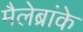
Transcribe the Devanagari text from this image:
मैलेब्रांके